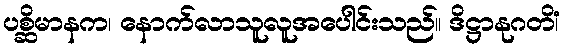
ပစ္ဆိမာနက၊ နောက်လာသူလူအပေါင်းသည်။ ဒိဋ္ဌာနုဂတိံ၊